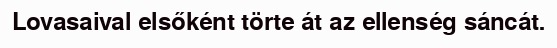
Lovasaival elsőként törte át az ellenség sáncát.